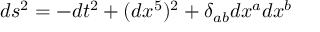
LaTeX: d s ^ { 2 } = - d t ^ { 2 } + ( d x ^ { 5 } ) ^ { 2 } + \delta _ { a b } d x ^ { a } d x ^ { b }